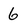
Character: 6